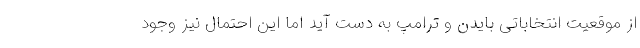
از موقعیت انتخاباتی بایدن و ترامپ به دست آید اما این احتمال نیز وجود